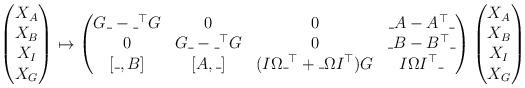
LaTeX: \begin{align*}\begin{pmatrix}X_{A}\\X_{B}\\X_{I}\\X_{G}\end{pmatrix}\mapsto\begin{pmatrix}G\_-\_^{\top}G & 0 & 0 & \_A-A^{\top}\_\\0 & G\_-\_^{\top}G & 0 & \_B-B^{\top}\_\\{}[\_,B] & [A,\_] & (I\Omega\_^{\top}+\_\Omega I^{\top})G & I\Omega I^{\top}\_\end{pmatrix}\begin{pmatrix}X_{A}\\X_{B}\\X_{I}\\X_{G}\end{pmatrix}\end{align*}